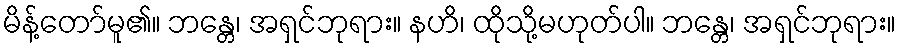
မိန့်တော်မူ၏။ ဘန္တေ၊ အရှင်ဘုရား။ နဟိ၊ ထိုသို့မဟုတ်ပါ။ ဘန္တေ၊ အရှင်ဘုရား။